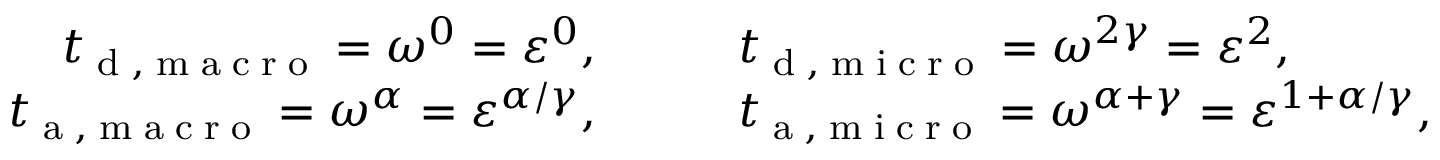
\begin{array} { r l } { { t } _ { \tiny { \mathrm { ~ d ~ , ~ m ~ a ~ c ~ r ~ o ~ } } } = \omega ^ { 0 } = \varepsilon ^ { 0 } , \qquad } & { { } { t } _ { \tiny { \mathrm { ~ d ~ , ~ m ~ i ~ c ~ r ~ o ~ } } } = \omega ^ { 2 \gamma } = \varepsilon ^ { 2 } , } \\ { { t } _ { \tiny { \mathrm { ~ a ~ , ~ m ~ a ~ c ~ r ~ o ~ } } } = \omega ^ { \alpha } = \varepsilon ^ { \alpha / \gamma } , \qquad } & { { } { t } _ { \tiny { \mathrm { ~ a ~ , ~ m ~ i ~ c ~ r ~ o ~ } } } = \omega ^ { \alpha + \gamma } = \varepsilon ^ { 1 + \alpha / \gamma } , } \end{array}